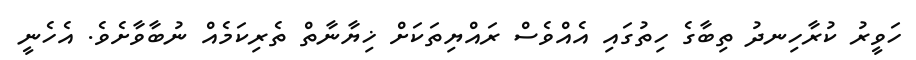
ހަވީރު ކުރާހިނދު ތިބާގެ ހިތުގައި އެއްވެސް ރައްޔިތަކަށް ޚިޔާނާތް ތެރިކަމެއް ނުބާވާށެވެ. އެހެނީ